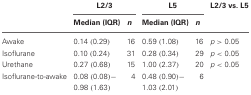
<table><thead><tr><td></td><td colspan="2"><b>L2/3</b></td><td colspan="2"><b>L5</b></td><td><b>L2/3 vs. L5</b></td></tr><tr><td></td><td><b>Median (IQR)</b></td><td><b><i>n</i></b></td><td><b>Median (IQR)</b></td><td><b><i>n</i></b></td><td></td></tr></thead><tbody><tr><td>Awake</td><td>0.14 (0.29)</td><td>16</td><td>0.59 (1.08)</td><td>16</td><td><i>p</i> &gt; 0.05</td></tr><tr><td>Isoflurane</td><td>0.10 (0.24)</td><td>31</td><td>0.28 (0.34)</td><td>29</td><td><i>p</i> &lt; 0.05</td></tr><tr><td>Urethane</td><td>0.27 (0.68)</td><td>15</td><td>1.00 (2.37)</td><td>20</td><td><i>p</i> &lt; 0.05</td></tr><tr><td>Isoflurane-to-awake</td><td>0.08 (0.08)−0.98 (1.63)</td><td>4</td><td>0.48 (0.90)−1.03 (2.01)</td><td>6</td><td></td></tr></tbody></table>